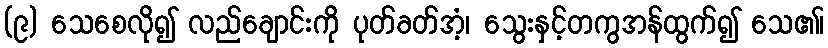
(၉) သေစေလို၍ လည်ချောင်းကို ပုတ်ခတ်အံ့၊ သွေးနှင့်တကွအန်ထွက်၍ သေ၏၊